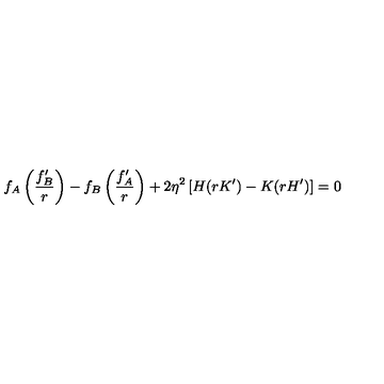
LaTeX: f _ { A } \left( \frac { f _ { B } ^ { \prime } } { r } \right) - f _ { B } \left( \frac { f _ { A } ^ { \prime } } { r } \right) + 2 \eta ^ { 2 } \left[ H ( r K ^ { \prime } ) - K ( r H ^ { \prime } ) \right] = 0